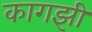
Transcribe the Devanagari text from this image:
कागझी